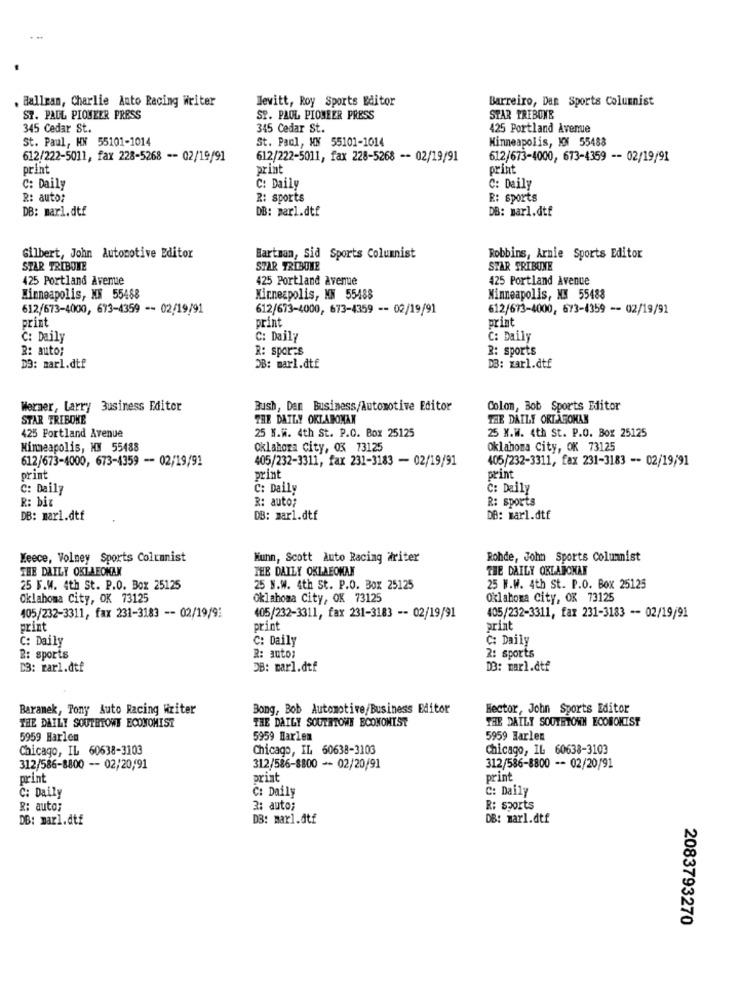
,Ballran, Charlie Auto Racing Writer
Jewitt, Roy Sports Editor
Barreiro, Dan Sports Columnist
ST. PAUL PIONEER PRESS
SP. PAOL PIONEER PRESS
STAR TRIBUNE
345 Cedar St.
345 Cedar St.
425 Portland Avenue
St. Paul, HN 55101-1014
St. Paul, XX 55101-1014
Minneapolis, MN 55488
612/222-5011, fax 228-5268 -- 02/19/91
612/222-5011, fax 228-5268 -- 02/19/91
612/673-4000, 673-4359 -- 02/19/91
print
print
print
C: Daily
C: Daily
C: Daily
R: auto:
2: sports
R: sports
DB: marl.dtf
DB: parl.dtf
DB: marl.dtf
Gilbert, John Automotive Editor
Bartman, Sid Sports Columnist
Robbins, Arnie Sports Editor
STAR TRIBUNE
STAR TRIBUNE
STAR TRIBUNE
425 Portland Avenue
425 Portland Avenue
425 Portland Avenue
Minneapolis, MS 55488
Minneapolis, MN 55488
Minneapolis, N3 55488
612/673-4000, 673-4359 -- 02/19/91
612/673-4000, 673-4359 -- 02/19/91
612/673-4000, 673-4359 -- 02/19/91
print
print
print
C: Daily
C: Daily
C: Daily
R: auto;
R: sports
R: sports
DB: marl.dtf
DB: marl.dtf
DB: warl.dtf
Werner, Larry Business Editor
Bush, Dan Business/Automotive Editor
Colon, Bob Sports Editor
STAR TREBOKE
THE DAILY OKLAHOMAN
THE DAILY ORTAROMAN
425 Fortland Avenue
25 N.W. 4th St. P.O. Box 25125
25 W.W. 4th St. P.O. Box 25125
Minneapolis, Hy 55488
Oklahoma City, 03 73125
Oklahoma City, OK 73125
612/673-4000, 673-4359 - 02/19/91
405/232-3311, fax 231-3183 - 02/19/91
405/232-3311, fax 231-3183 -- 02/19/91
print
print
print
C: Daily
C: Daily
C: Daily
R: biz
R: auto;
R: sports
DB: marl.dtf
DB: marl.dtf
DB: marl.dtf
Meece, Volney Sports Columnist
Munn, Scott Auto Racing Writer
Rohde, John Sports Columnist
THE DAILY OKLAEOKAN
THE DAILY OKLAEOMAN
THE DAILY OKLAHOMAN
25 F.W. 4th St. P.O. Box 25125
25 N.W. 4th St. P.O. Box 25125
25 M.W. 4th St. P.O. Box 25125
Oklahoma City, OK 73125
oklahoma City, OK 73125
Oklahoma City, OK 73125
405/232-3311, fax 231-3183 -- 02/19/9:
405/232-3311, fax 231-3183 -- 02/19/91
405/232-3311, fax 231-3183 -- 02/19/91
print
print
print
C: Daily
C: Daily
C: Daily
R: sports
R: auto;
2: sports
D3: rarl.dtf
DB: marl.dtf
DB: marl.dtf
Baranek, Tony Auto Racing Writer
Bong, Bob Automotive/Business Editor
Hector, John Sports Editor
THE DAILY SOUTHTOWE ECONOMIST
THE DAILY SOUTHTOWN ECONOMIST
THE DAILY SOUTHTOWE ECONOMIST
5959 Harlem
5959 Harlem
5959 Harlen
Chicago, IL 60638-3103
Chicago, IL 60638-3103
Chicago, IL 60638-3103
312/586-8800 -- 02/20/91
312/586-8800 -- 02/20/91
312/586-8800 -- 02/20/91
print
print
print
C: Daily
C: Daily
C: Daily
R: auto;
3: auto;
R: sports
DB: marl.dtf
DB: marl.dtf
DB: marl.dtf
2083793270